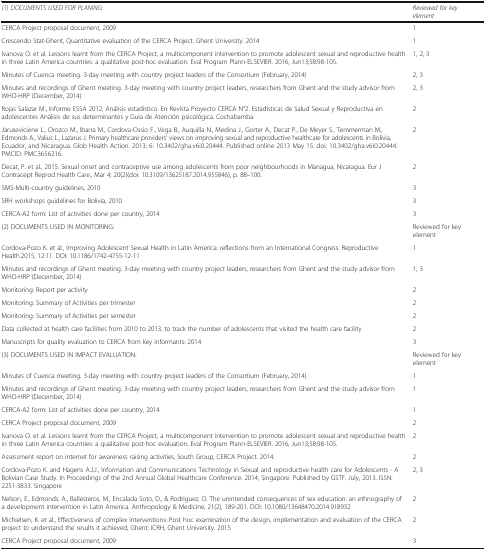
<table><thead><tr><td><b><i>(1) DOCUMENTS USED FOR PLANING:</i></b></td><td><b><i>Reviewed for key element</i></b></td><td></td></tr></thead><tbody><tr><td>CERCA Project proposal document, 2009</td><td>1</td><td></td></tr><tr><td>Crescendo Stat-Ghent, Quantitative evaluation of the CERCA Project. Ghent University. 2014</td><td>1</td><td></td></tr><tr><td>Ivanova O. et al. Lessons learnt from the CERCA Project, a multicomponent intervention to promote adolescent sexual and reproductive health in three Latin America countries: a qualitative post-hoc evaluation. Eval Program Plann-ELSEVIER. 2016, Jun13;58:98-105.</td><td>1, 2, 3</td><td></td></tr><tr><td>Minutes of Cuenca meeting. 3-day meeting with country project leaders of the Consortium (February, 2014)</td><td>2, 3</td><td></td></tr><tr><td>Minutes and recordings of Ghent meeting. 3-day meeting with country project leaders, researchers from Ghent and the study advisor from WHO-HRP (December, 2014)</td><td>2, 3</td><td></td></tr><tr><td>Rojas Salazar M., Informe ESSA 2012, Análisis estadístico. En Revista Proyecto CERCA N°2. Estadísticas de Salud Sexual y Reproductiva en adolescentes Análisis de sus determinantes y Guía de Atención psicológica. Cochabamba</td><td>2</td><td></td></tr><tr><td>Jaruseviciene L., Orozco M., Ibarra M., Cordova-Ossio F., Vega B., Auquilla N., Medina J., Gorter A., Decat P., De Meyer S., Temmerman M., Edmonds A., Valius L., Lazarus J. Primary healthcare providers’ views on improving sexual and reproductive healthcare for adolescents in Bolivia, Ecuador, and Nicaragua. Glob Health Action. 2013; 6: 10.3402/gha.v6i0.20444. Published online 2013 May 15. doi: 10.3402/gha.v6i0.20444. PMCID: PMC3656216.</td><td>2</td><td></td></tr><tr><td>Decat, P. et al., 2015. Sexual onset and contraceptive use among adolescents from poor neighbourhoods in Managua, Nicaragua. Eur J Contracept Reprod Health Care., Mar 4; 20(2)(doi: 10.3109/13625187.2014.955846), p. 88–100.</td><td>2</td><td></td></tr><tr><td>SMS-Multi-country guidelines, 2010</td><td>3</td><td></td></tr><tr><td>SRH workshops guidelines for Bolivia, 2010</td><td>3</td><td></td></tr><tr><td>CERCA-A2 form: List of activities done per country, 2014</td><td>3</td><td></td></tr><tr><td>(2) DOCUMENTS USED IN MONITORING:</td><td>Reviewed for key element</td><td></td></tr><tr><td>Cordova-Pozo K. et al., Improving Adolescent Sexual Health in Latin America: reflections from an International Congress. Reproductive Health.2015, 12:11. DOI: 10.1186/1742-4755-12-11</td><td>1</td><td></td></tr><tr><td>Minutes and recordings of Ghent meeting. 3-day meeting with country project leaders, researchers from Ghent and the study advisor from WHO-HRP (December, 2014)</td><td>1, 3</td><td></td></tr><tr><td>Monitoring: Report per activity</td><td>2</td><td></td></tr><tr><td>Monitoring: Summary of Activities per trimester</td><td>2</td><td></td></tr><tr><td>Monitoring: Summary of Activities per semester</td><td>2</td><td></td></tr><tr><td>Data collected at health care facilities from 2010 to 2013, to track the number of adolescents that visited the health care facility</td><td>2</td><td></td></tr><tr><td>Manuscripts for quality evaluation to CERCA from key informants: 2014</td><td>3</td><td></td></tr><tr><td>(3) DOCUMENTS USED IN IMPACT EVALUATION:</td><td>Reviewed for key element</td><td></td></tr><tr><td>Minutes of Cuenca meeting. 3-day meeting with country project leaders of the Consortium (February, 2014)</td><td>1</td><td></td></tr><tr><td>Minutes and recordings of Ghent meeting. 3-day meeting with country project leaders, researchers from Ghent and the study advisor from WHO-HRP (December, 2014)</td><td>1</td><td></td></tr><tr><td>CERCA-A2 form: List of activities done per country, 2014</td><td>1</td><td></td></tr><tr><td>CERCA Project proposal document, 2009</td><td>2</td><td></td></tr><tr><td>Ivanova O. et al. Lessons learnt from the CERCA Project, a multicomponent intervention to promote adolescent sexual and reproductive health in three Latin America countries: a qualitative post-hoc evaluation. Eval Program Plann-ELSEVIER. 2016, Jun13;58:98-105.</td><td>2</td><td></td></tr><tr><td>Assessment report on internet for awareness raising activities, South Group, CERCA Project. 2014.</td><td>2</td><td></td></tr><tr><td>Cordova-Pozo K. and Hagens A.J.J., Information and Communications Technology in Sexual and reproductive health care for Adolescents - A Bolivian Case Study. In Proceedings of the 2nd Annual Global Healthcare Conference: 2014; Singapore. Published by GSTF. July, 2013. ISSN: 2251-3833. Singapore</td><td>2, 3</td><td></td></tr><tr><td>Nelson, E., Edmonds, A., Ballesteros, M., Encalada Soto, D., &amp; Rodriguez, O. The unintended consequences of sex education: an ethnography of a development intervention in Latin America. Anthropology &amp; Medicine, 21(2), 189-201. DOI: 10.1080/13648470.2014.918932</td><td>2</td><td></td></tr><tr><td>Michielsen, K. et al., Effectiveness of complex interventions: Post hoc examination of the design, implementation and evaluation of the CERCA project to understand the results it achieved, Ghent: ICRH, Ghent University. 2015</td><td>2</td><td></td></tr><tr><td>CERCA Project proposal document, 2009</td><td>3</td><td></td></tr></tbody></table>